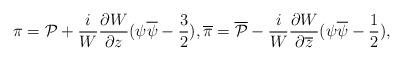
LaTeX: \begin{align*}\pi={\cal P}+\frac{i}{W}\frac{\partial W}{\partial z}(\psi\overline{\psi}-\frac{3}{2}) ,\overline{\pi}=\overline{{\cal P}}-\frac{i}{W}\frac{\partial W}{\partial\overline{z}}(\psi\overline{\psi}-\frac{1}{2}) ,\end{align*}